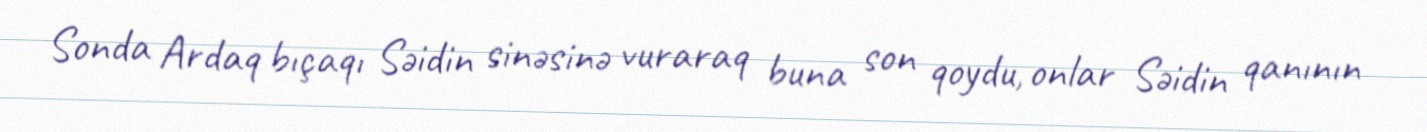
Sonda Ardaq bıçaqı Səidin sinəsinə vuraraq buna son qoydu, onlar Səidin qanının